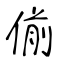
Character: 偂